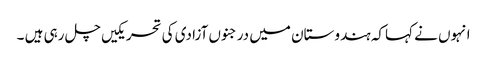
انہوں نے کہاکہ ہندوستان میں درجنوں آزادی کی تحریکیں چل رہی ہیں ۔